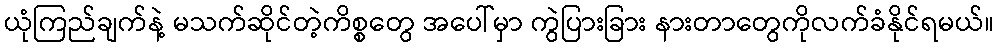
ယုံကြည်ချက်နဲ့ မသက်ဆိုင်တဲ့ကိစ္စတွေ အပေါ်မှာ ကွဲပြားခြား နားတာတွေကိုလက်ခံနိုင်ရမယ်။